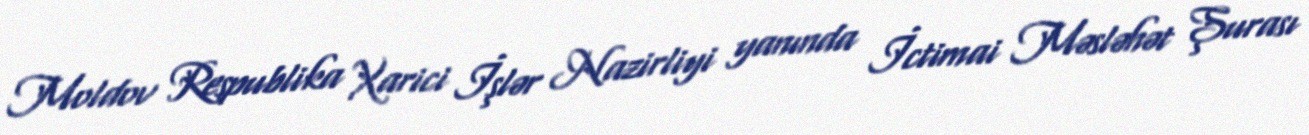
Moldov Respublika Xarici İşlər Nazirliyi yanında İctimai Məsləhət Şurası